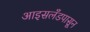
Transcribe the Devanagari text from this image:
आइसलँडपासून